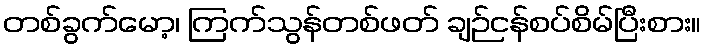
တစ်ခွက်မော့၊ ကြက်သွန်တစ်ဖတ် ချဉ်ငန်စပ်စိမ်ပြီးစား။